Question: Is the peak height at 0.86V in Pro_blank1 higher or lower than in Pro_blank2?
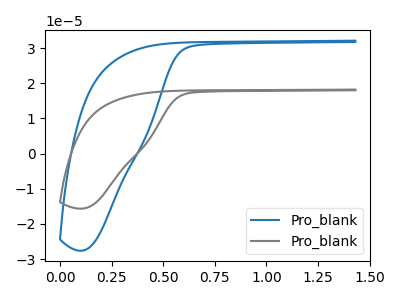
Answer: <think>The blue curve "Pro_blank1" has no peaks. The gray curve "Pro_blank2" has no peaks.</think>
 <answer>"Pro_blank1" and "Pro_blank2" dont share a peak at 0.86V.</answer>
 <eval>mismatch</eval>